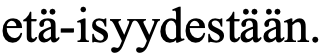
etä-isyydestään.